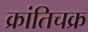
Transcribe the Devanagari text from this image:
क्रांतिचक्र